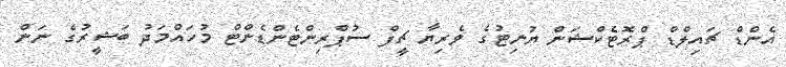
އެންޑް ޗައިލްޑް ޕްރޮޓެކްޝަން ޔުނިޓުގެ ވެރިޔާ ޗީފް ސުޕްރިންޓެންޑެންޓް މުހައްމަދު ބަޝީރުގެ ނަން